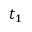
t _ { 1 }